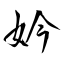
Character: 妗